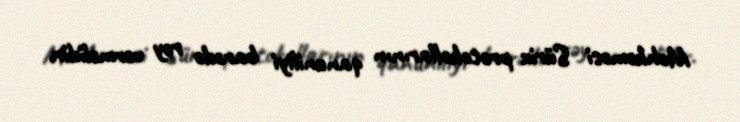
Məhkəməsi Sürix protokollarının qanuniliyi barədə rəy verməlidir.